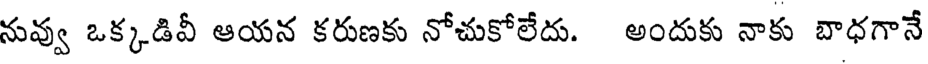
నువ్వు ఒక్కడివీ ఆయన కరుణకు నోచుకోలేదు. అందుకు నాకు బాధగానే